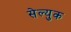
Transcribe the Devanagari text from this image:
सेल्युक